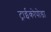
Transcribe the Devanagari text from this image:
ट्राईकोपोडा